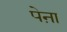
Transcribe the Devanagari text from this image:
पेऩा